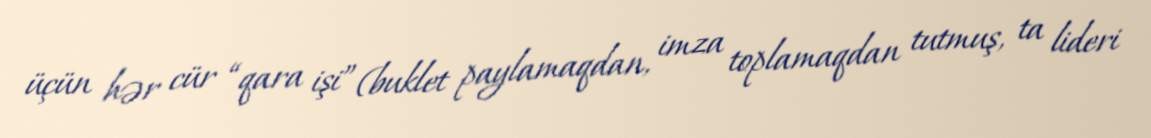
üçün hər cür “qara işi” (buklet paylamaqdan, imza toplamaqdan tutmuş, ta lideri